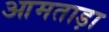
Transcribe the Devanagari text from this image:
आमताड़ा